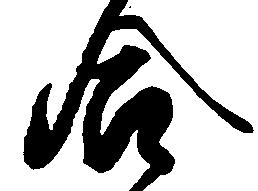
合